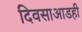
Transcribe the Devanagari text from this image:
दिवसाआडही